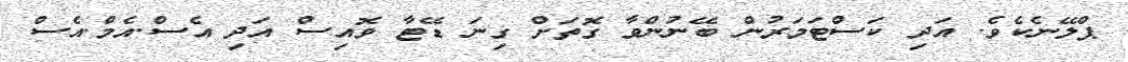
ޕްލޭނެކެވެ. އަދި ކަސްޓަމަރުން ބޭނުންވާ ގޮތަށް ގިނަ ޑޭޓާ ވޮއިސް އަދި އެސް.އެމް.އެސް